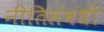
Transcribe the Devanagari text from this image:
नीतिसंबंधी